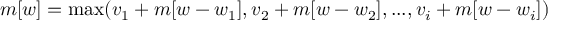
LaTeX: m [ w ] = \operatorname* { m a x } ( v _ { 1 } + m [ w - w _ { 1 } ] , v _ { 2 } + m [ w - w _ { 2 } ] , . . . , v _ { i } + m [ w - w _ { i } ] )